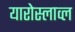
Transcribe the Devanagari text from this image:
यारोस्लाव्ल